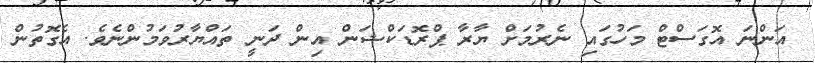
އަންނަ އޮގަސްޓް މަހުގައި ނެރުމަށް ޔާރާ ޕްރޮޑަކްޝަން އިން ދަނީ ތައްޔާރުވަމުންނެވެ. އެގޮތުން